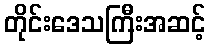
တိုင်းဒေသကြီးအဆင့်